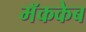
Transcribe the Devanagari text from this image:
मॅककेब